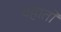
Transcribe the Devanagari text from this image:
वहातो